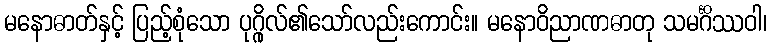
မနောဓာတ်နှင့် ပြည့်စုံသော ပုဂ္ဂိုလ်၏သော်လည်းကောင်း။ မနောဝိညာဏဓာတု သမင်္ဂိဿဝါ၊